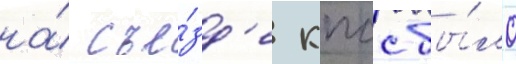
на́ съе́зд'е кпсс бы́ло